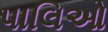
પાલિઓ